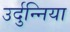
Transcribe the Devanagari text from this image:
उर्दुन्निया